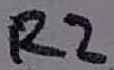
Text: R2